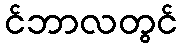
င်ဘာလတွင်